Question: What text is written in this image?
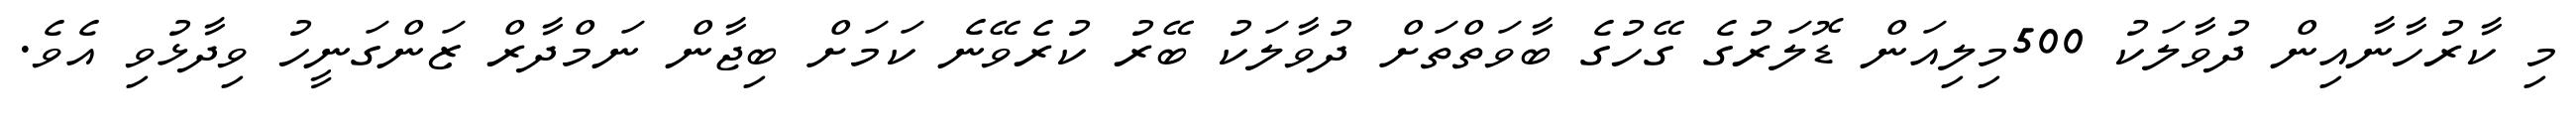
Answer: މި ކާރުހާނާއިން ދުވާލަކު 500މިލިއަން ޑޮލަރުގެ ގޭހުގެ ބާވަތްތަށް ދުވާލަކު ބޭރު ކުރެވޭނެ ކަމަށް ބިޖާން ނަމްދާރް ޒަންގަނީހު ވިދާޅުވި އެވެ.